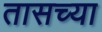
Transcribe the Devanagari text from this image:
तासच्या